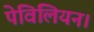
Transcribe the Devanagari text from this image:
पेविलियन।